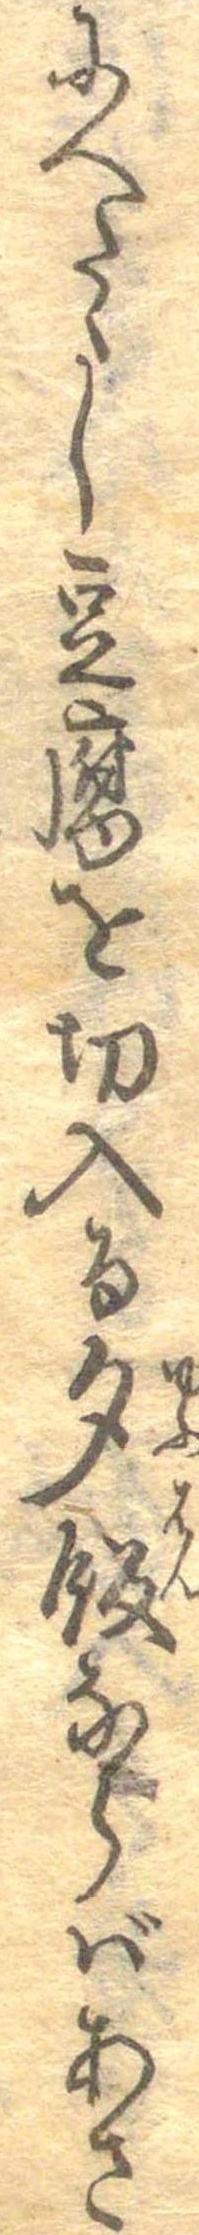
にへたゝし豆腐を切入る夕飯ならばあさ